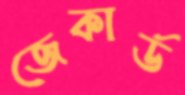
জেকার্ড